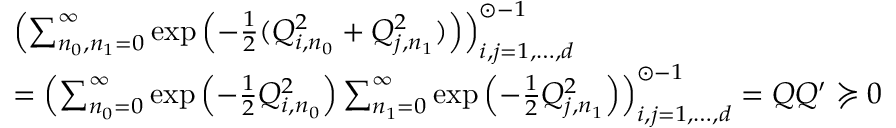
\begin{array} { r l } & { \left( \sum _ { n _ { 0 } , n _ { 1 } = 0 } ^ { \infty } \exp \left( - \frac { 1 } { 2 } ( Q _ { i , n _ { 0 } } ^ { 2 } + Q _ { j , n _ { 1 } } ^ { 2 } ) \right) \right) _ { i , j = 1 , \dots , d } ^ { \odot - 1 } } \\ & { = \left( \sum _ { n _ { 0 } = 0 } ^ { \infty } \exp \left( - \frac { 1 } { 2 } Q _ { i , n _ { 0 } } ^ { 2 } \right) \sum _ { n _ { 1 } = 0 } ^ { \infty } \exp \left( - \frac { 1 } { 2 } Q _ { j , n _ { 1 } } ^ { 2 } \right) \right) _ { i , j = 1 , \dots , d } ^ { \odot - 1 } = Q Q ^ { \prime } \succcurlyeq 0 } \end{array}